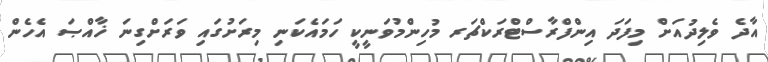
އާދެ ވެލިދުއަށް މިފަދަ އިންފްރާސްޓްރަކްޗަރ މުހިންމުވަނީކީ ހަމައެކަނި މިރަށުގައި ވަރަށްގިނަ ޚާއްޞަ އެހެން